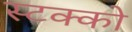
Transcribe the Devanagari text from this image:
स्टक्को